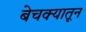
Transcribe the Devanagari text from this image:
बेचक्‍यातून